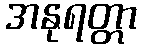
အနုရတ္တာ